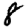
Digit: 8